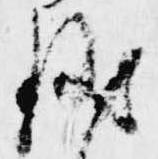
儀